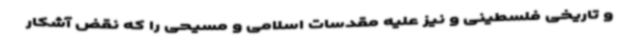
و تاریخی فلسطینی و نیز علیه مقدسات اسلامی و مسیحی را که نقض آشکار